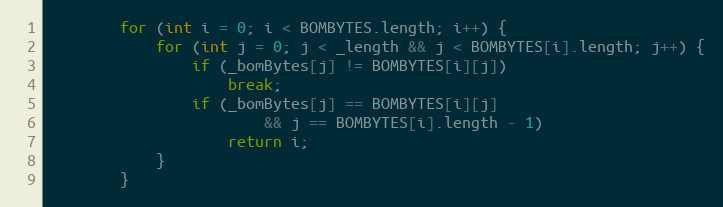
Language: Java
		for (int i = 0; i < BOMBYTES.length; i++) {
			for (int j = 0; j < _length && j < BOMBYTES[i].length; j++) {
				if (_bomBytes[j] != BOMBYTES[i][j])
					break;
				if (_bomBytes[j] == BOMBYTES[i][j]
						&& j == BOMBYTES[i].length - 1)
					return i;
			}
		}